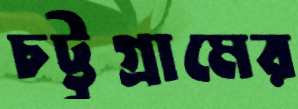
চট্ট্রগ্রামের